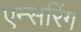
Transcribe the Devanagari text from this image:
एन्सरिंग